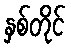
နှစ်တိုင်